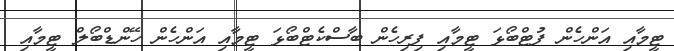
ޓީމާއި އަންހެން ފުޓްބޯޅަ ޓީމާއި ފިރިހެން ބާސްކެޓްބޯޅަ ޓީމާއި އަންހެން ހޭންޑްބޯލް ޓީމާއި